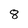
Character: 8